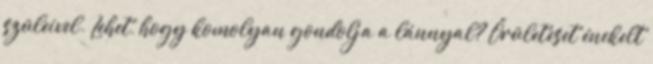
szüleivel. Lehet, hogy komolyan gondolja a lánnyal? Őrületeset énekelt